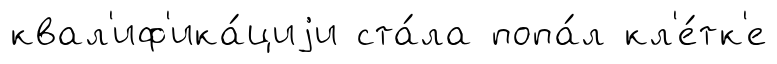
квал'иф'ика́циjи ста́ла попа́л кл'е́тк'е